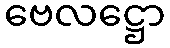
ဗေလဋ္ဌော